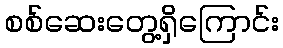
စစ်ဆေးတွေ့ရှိကြောင်း